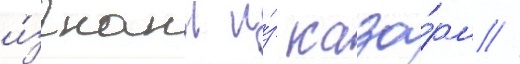
и́згнаны и́з каза́рм //